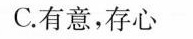
C.有意，存心